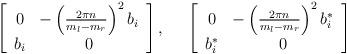
LaTeX: \begin{align*}\left[\begin{array}{cc}0&-\left({2\pi n\over m_l-m_r}\right)^2 b_i\\ b_i&0\end{array}\right],\;\;\;\;\;\left[\begin{array}{cc}0&-\left({2\pi n\over m_l-m_r}\right)^2 b_i^*\\ b_i^*&0\end{array}\right]\end{align*}